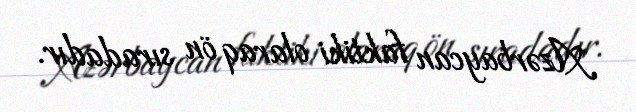
Azərbaycan faktiki olaraq ön sıradadır.